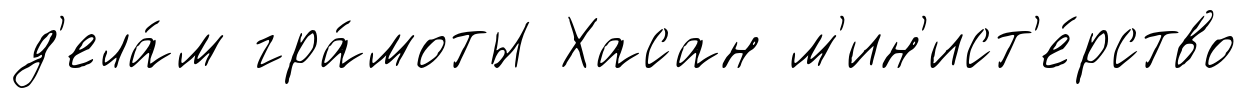
д'ела́м гра́моты Хасан м'ин'ист'е́рство